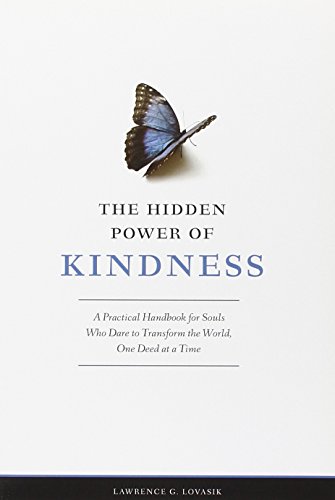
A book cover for The Hidden Power of Kindness: A Practical Handbook for Souls Who Dare to Transform the World, One Deed at a Time; Lawrence G. Lovasik; Christian Books & Bibles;